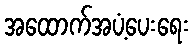
အထောက်အပံ့ပေးရေး